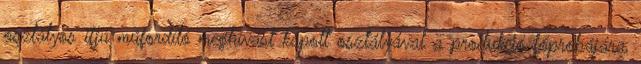
osztályos ifjú műfordító meghívást kapott osztályával a produkció főpróbájára,